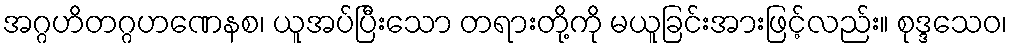
အဂ္ဂဟိတဂ္ဂဟဏေနစ၊ ယူအပ်ပြီးသော တရားတို့ကို မယူခြင်းအားဖြင့်လည်း။ စုဒ္ဒသေဝ၊